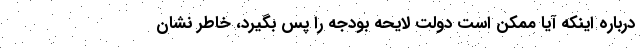
درباره اینکه آیا ممکن است دولت لایحه بودجه را پس بگیرد، خاطر نشان